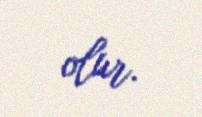
olur.